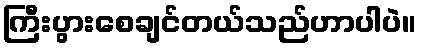
ကြီးပွားစေချင်တယ်သည်ဟာပါပဲ။